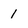
Character: 1